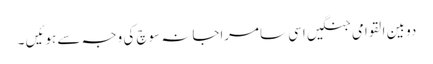
دو بین القوامی جنگیں اسی سامراجانہ سوچ کی وجہ سے ہوئیں ۔